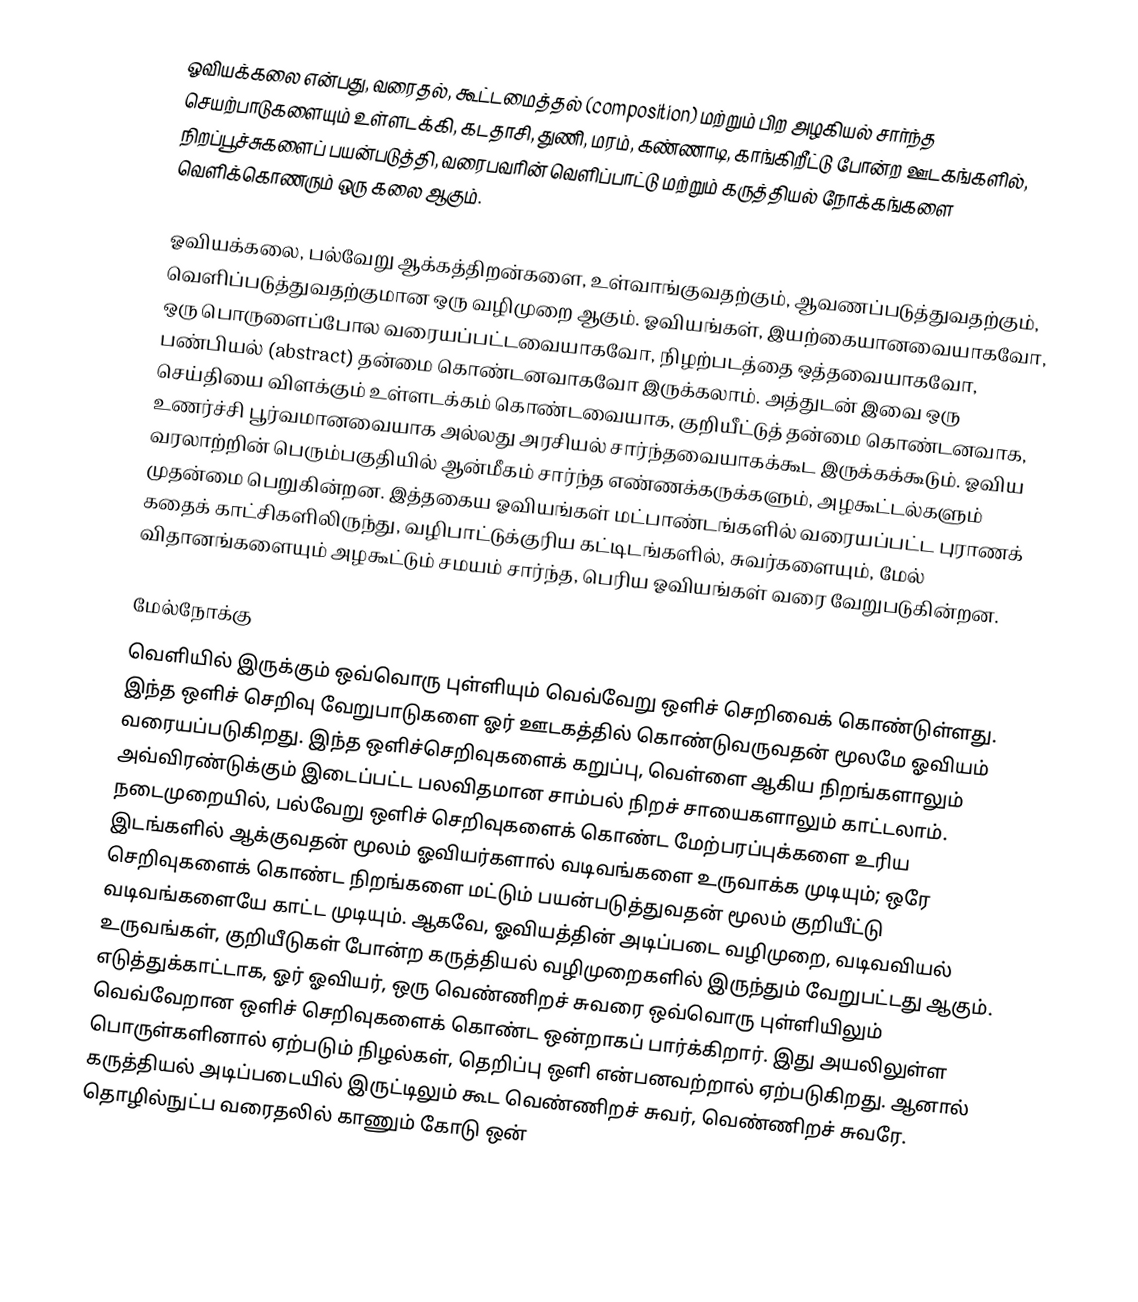
ஓவியக்கலை என்பது, வரைதல், கூட்டமைத்தல் (composition) மற்றும் பிற அழகியல் சார்ந்த செயற்பாடுகளையும் உள்ளடக்கி, கடதாசி, துணி, மரம், கண்ணாடி, காங்கிறீட்டு போன்ற ஊடகங்களில், நிறப்பூச்சுகளைப் பயன்படுத்தி, வரைபவரின் வெளிப்பாட்டு மற்றும் கருத்தியல் நோக்கங்களை வெளிக்கொணரும் ஒரு கலை ஆகும்.

ஓவியக்கலை, பல்வேறு ஆக்கத்திறன்களை, உள்வாங்குவதற்கும், ஆவணப்படுத்துவதற்கும், வெளிப்படுத்துவதற்குமான ஒரு வழிமுறை ஆகும். ஓவியங்கள், இயற்கையானவையாகவோ, ஒரு பொருளைப்போல வரையப்பட்டவையாகவோ, நிழற்படத்தை ஒத்தவையாகவோ, பண்பியல் (abstract) தன்மை கொண்டனவாகவோ இருக்கலாம். அத்துடன் இவை ஒரு செய்தியை விளக்கும் உள்ளடக்கம் கொண்டவையாக, குறியீட்டுத் தன்மை கொண்டனவாக, உணர்ச்சி பூர்வமானவையாக அல்லது அரசியல் சார்ந்தவையாகக்கூட இருக்கக்கூடும். ஓவிய வரலாற்றின் பெரும்பகுதியில் ஆன்மீகம் சார்ந்த எண்ணக்கருக்களும், அழகூட்டல்களும் முதன்மை பெறுகின்றன. இத்தகைய ஓவியங்கள் மட்பாண்டங்களில் வரையப்பட்ட புராணக் கதைக் காட்சிகளிலிருந்து, வழிபாட்டுக்குரிய கட்டிடங்களில், சுவர்களையும், மேல் விதானங்களையும் அழகூட்டும் சமயம் சார்ந்த, பெரிய ஓவியங்கள் வரை வேறுபடுகின்றன.

மேல்நோக்கு
வெளியில் இருக்கும் ஒவ்வொரு புள்ளியும் வெவ்வேறு ஒளிச் செறிவைக் கொண்டுள்ளது. இந்த ஒளிச் செறிவு வேறுபாடுகளை ஓர் ஊடகத்தில் கொண்டுவருவதன் மூலமே ஓவியம் வரையப்படுகிறது. இந்த ஒளிச்செறிவுகளைக் கறுப்பு, வெள்ளை ஆகிய நிறங்களாலும் அவ்விரண்டுக்கும் இடைப்பட்ட பலவிதமான சாம்பல் நிறச் சாயைகளாலும் காட்டலாம். நடைமுறையில், பல்வேறு ஒளிச் செறிவுகளைக் கொண்ட மேற்பரப்புக்களை உரிய இடங்களில் ஆக்குவதன் மூலம் ஓவியர்களால் வடிவங்களை உருவாக்க முடியும்; ஒரே செறிவுகளைக் கொண்ட நிறங்களை மட்டும் பயன்படுத்துவதன் மூலம் குறியீட்டு வடிவங்களையே காட்ட முடியும். ஆகவே, ஓவியத்தின் அடிப்படை வழிமுறை, வடிவவியல் உருவங்கள், குறியீடுகள் போன்ற கருத்தியல் வழிமுறைகளில் இருந்தும் வேறுபட்டது ஆகும். எடுத்துக்காட்டாக, ஓர் ஓவியர், ஒரு வெண்ணிறச் சுவரை ஒவ்வொரு புள்ளியிலும் வெவ்வேறான ஒளிச் செறிவுகளைக் கொண்ட ஒன்றாகப் பார்க்கிறார். இது அயலிலுள்ள பொருள்களினால் ஏற்படும் நிழல்கள், தெறிப்பு ஒளி என்பனவற்றால் ஏற்படுகிறது. ஆனால் கருத்தியல் அடிப்படையில் இருட்டிலும் கூட வெண்ணிறச் சுவர், வெண்ணிறச் சுவரே. தொழில்நுட்ப வரைதலில் காணும் கோடு ஒன்